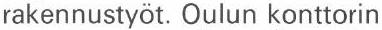
rakennustyöt. Oulun konttorin